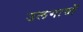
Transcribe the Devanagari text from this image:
उलगावों